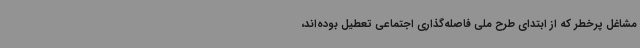
مشاغل پرخطر که از ابتدای طرح ملی فاصله‌گذاری اجتماعی تعطیل بوده‌اند،